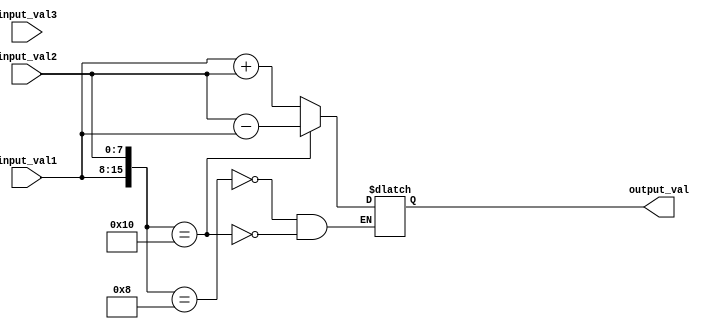
module generate_function
(
    input [7:0] input_val1,
    input [7:0] input_val2,
    input [7:0] input_val3,
    output reg [7:0] output_val
);

// Define parameters
parameter PARAM1 = 8;
parameter PARAM2 = 16;

// Generate Function block
always @(*)
begin
    case({input_val1, input_val2})
        PARAM1: output_val = input_val1 + input_val2;
        PARAM2: output_val = input_val2 - input_val1;
    endcase
end

endmodule